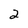
Character: 2